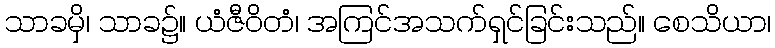
သာခမှိ၊ သာခ၌။ ယံဇီဝိတံ၊ အကြင်အသက်ရှင်ခြင်းသည်။ စေသိယာ၊